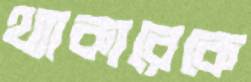
থ্যাকারেকে